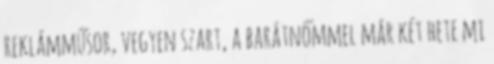
reklámműsor, vegyen szart, a barátnőmmel már két hete mi